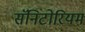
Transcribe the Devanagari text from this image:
सॅनिटोरियम